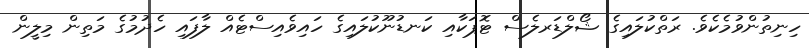
ހިނިތުންވުމެކެވެ. ރަތްކުލައިގެ ޝޯލްޑަރލެސް ޓޮޕަކާއި ކަނޑުނޫކުލައިގެ ހައިވެއިސްޓެއް ލާފައި ހެދުމުގެ މަތިން މިލީން